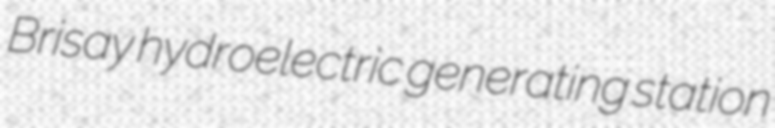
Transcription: Brisay hydroelectric generating station